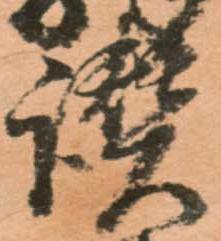
讃